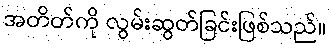
အတိတ်ကို လွမ်းဆွတ်ခြင်းဖြစ်သည်။